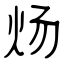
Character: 炀